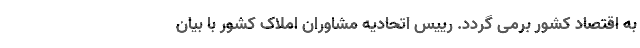
به اقتصاد کشور برمی گردد. رییس اتحادیه مشاوران املاک کشور با بیان